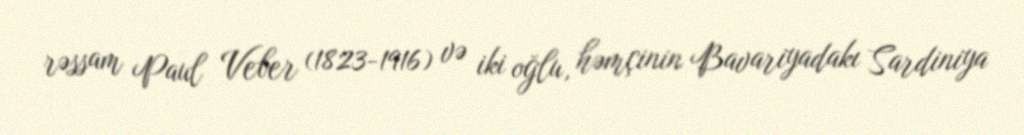
rəssam Paul Veber (1823-1916) və iki oğlu, həmçinin Bavariyadakı Sardiniya